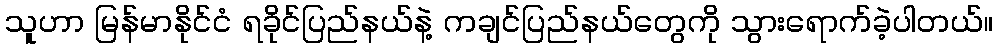
သူဟာ မြန်မာနိုင်ငံ ရခိုင်ပြည်နယ်နဲ့ ကချင်ပြည်နယ်တွေကို သွားရောက်ခဲ့ပါတယ်။